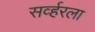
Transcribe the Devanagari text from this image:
सर्व्हरला